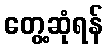
တွေ့ဆုံရန်